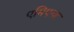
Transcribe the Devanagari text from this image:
एमिएन्ज़